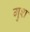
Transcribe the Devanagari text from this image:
गुश